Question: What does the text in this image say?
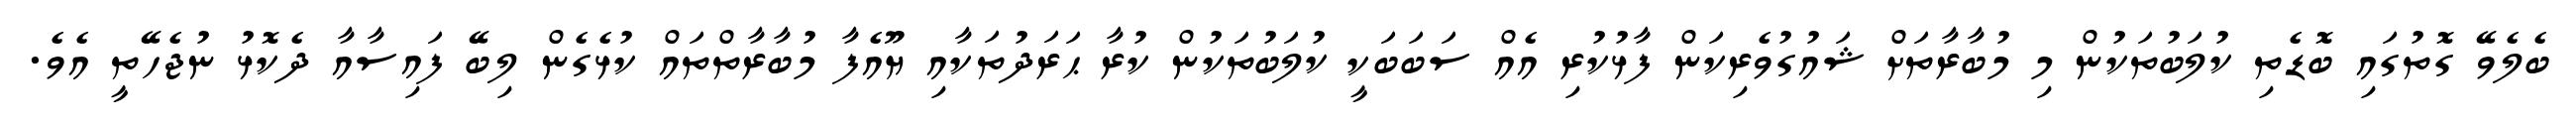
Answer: ބެލެވޭ ގޮތުގައި ބޮޑެތި ކުލަބުތަކުން މި މުބާރާތަށް ޝައުގުވެރިކަން ފާޅުކުރި އެއް ސަބަބަކީ ކުލަބުތަކުން ކުރާ ޙަރަދުތަކާއި ޔޫއެފާ މުބާރާތްތައް ކުޅެގެން ލިބޭ ފައިސާއާ ދެކޮޅު ނުޖެހޭތީ އެވެ.